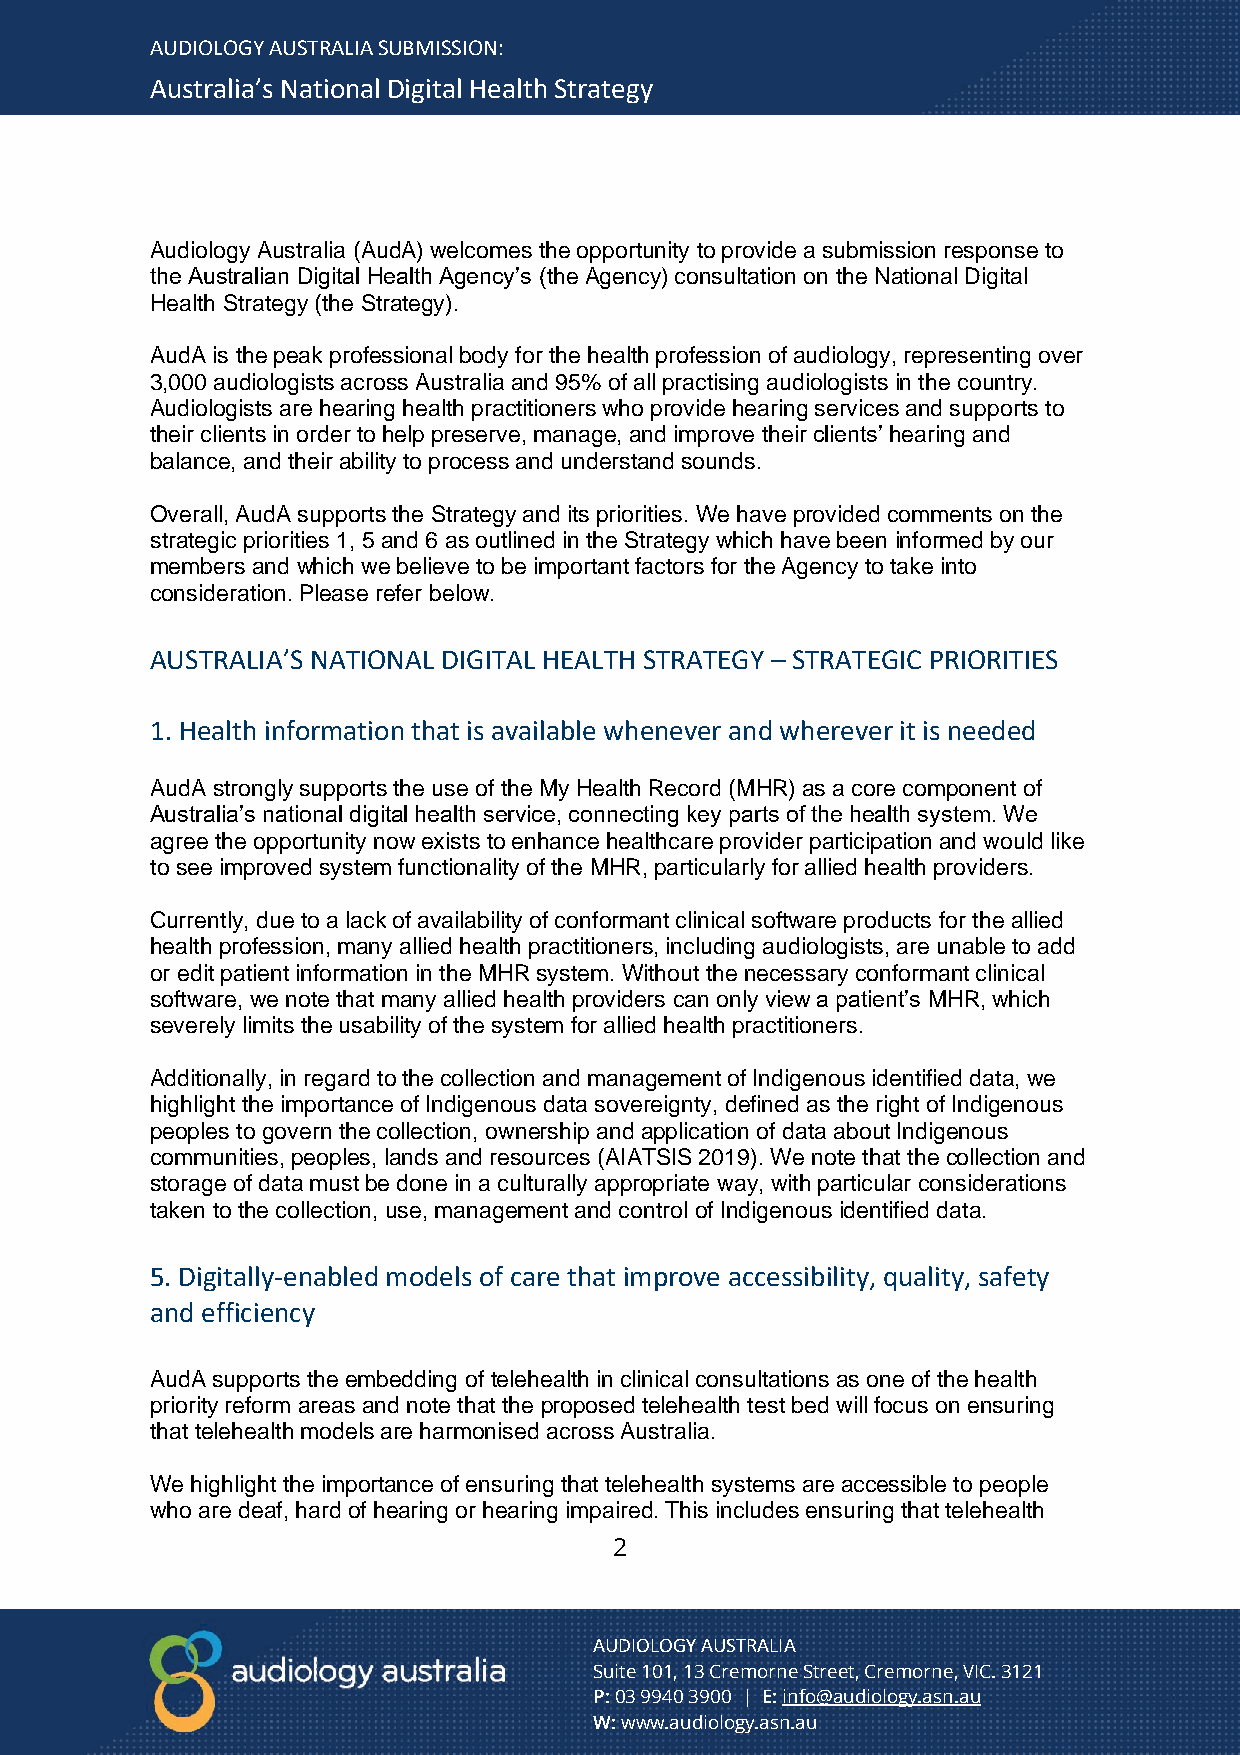
AUDIOLOGY AUSTRALIA SUBMISSION:
 Australia’s National Digital Health Strategy
 Audiology Australia (AudA) welcomes the opportunity to provide a submission response to
 the Australian Digital Health Agency’s (the Agency) consultation on the National Digital
 Health Strategy (the Strategy).
 AudA is the peak professional body for the health profession of audiology, representing over
 3,000 audiologists across Australia and 95% of all practising audiologists in the country.
 Audiologists are hearing health practitioners who provide hearing services and supports to
 their clients in order to help preserve, manage, and improve their clients’ hearing and
 balance, and their ability to process and understand sounds.
 Overall, AudA supports the Strategy and its priorities. We have provided comments on the
 strategic priorities 1, 5 and 6 as outlined in the Strategy which have been informed by our
 members and which we believe to be important factors for the Agency to take into
 consideration. Please refer below.
 AUSTRALIA’S NATIONAL DIGITAL HEALTH STRATEGY – STRATEGIC PRIORITIES
 1. Health information that is available whenever and wherever it is needed
 AudA strongly supports the use of the My Health Record (MHR) as a core component of
 Australia’s national digital health service, connecting key parts of the health system. We
 agree the opportunity now exists to enhance healthcare provider participation and would like
 to see improved system functionality of the MHR, particularly for allied health providers.
 Currently, due to a lack of availability of conformant clinical software products for the allied
 health profession, many allied health practitioners, including audiologists, are unable to add
 or edit patient information in the MHR system. Without the necessary conformant clinical
 software, we note that many allied health providers can only view a patient’s MHR, which
 severely limits the usability of the system for allied health practitioners.
 Additionally, in regard to the collection and management of Indigenous identified data, we
 highlight the importance of Indigenous data sovereignty, defined as the right of Indigenous
 peoples to govern the collection, ownership and application of data about Indigenous
 communities, peoples, lands and resources (AIATSIS 2019). We note that the collection and
 storage of data must be done in a culturally appropriate way, with particular considerations
 taken to the collection, use, management and control of Indigenous identified data.
 5. Digitally-enabled models of care that improve accessibility, quality, safety
 and efficiency
 AudA supports the embedding of telehealth in clinical consultations as one of the health
 priority reform areas and note that the proposed telehealth test bed will focus on ensuring
 that telehealth models are harmonised across Australia.
 We highlight the importance of ensuring that telehealth systems are accessible to people
 who are deaf, hard of hearing or hearing impaired. This includes ensuring that telehealth
 2
 AUDIOLOGY AUSTRALIA
 Suite 101, 13 Cremorne Street, Cremorne, VIC. 3121
 P: 03 9940 3900 | E: info@audiology.asn.au
 W: www.audiology.asn.au